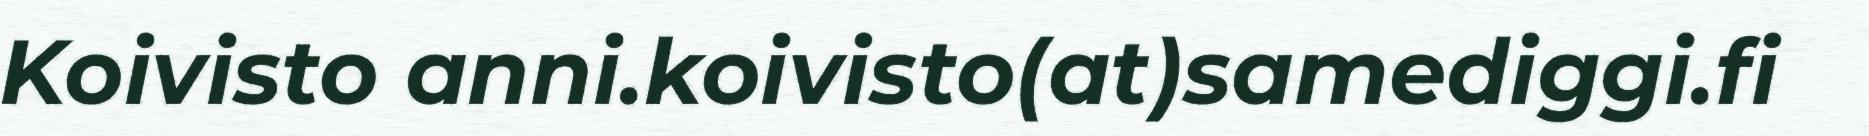
Koivisto anni.koivisto(at)samediggi.fi